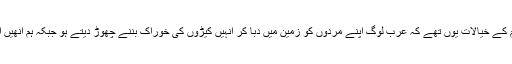
احمد بن فضلان کہتے ہیں کہ اس موقع پر ان کے مترجم کے خیالات یوں تھے کہ عرب لوگ اپنے مردوں کو زمین میں دبا کر انہیں کیڑوں کی خوراک بننے چھوڑ دیتے ہو جبکہ ہم انھیں اس رنگ و روشنی کے ساتھ عازم جنت کروا دیتے ہیں۔